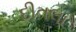
દીતલા